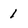
Character: 1